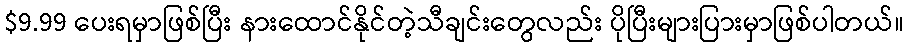
$9.99 ပေးရမှာဖြစ်ပြီး နားထောင်နိုင်တဲ့သီချင်းတွေလည်း ပိုပြီးများပြားမှာဖြစ်ပါတယ်။